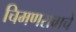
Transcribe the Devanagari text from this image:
चिमणरावाचे